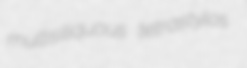
multisiliquous tetrastylos